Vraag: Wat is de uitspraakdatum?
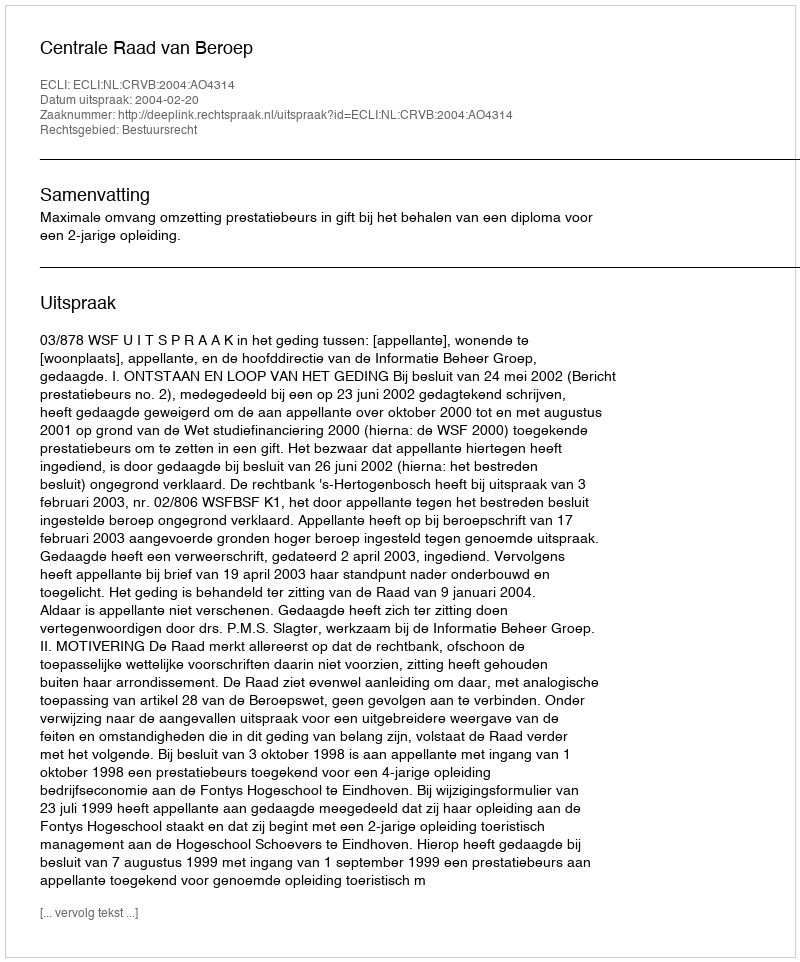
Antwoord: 2004-02-20